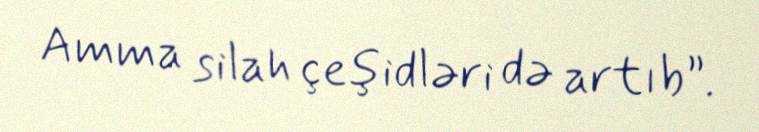
Amma silah çeşidləri də artıb”.